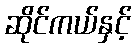
ဆိုင်ကယ်နှင့်